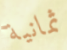
ثمانية